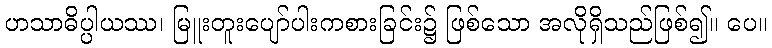
ဟသာဓိပ္ပါယဿ၊ မြူးတူးပျော်ပါးကစားခြင်း၌ ဖြစ်သော အလိုရှိသည်ဖြစ်၍။ ပေ။